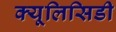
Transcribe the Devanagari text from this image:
क्यूलिसिडी